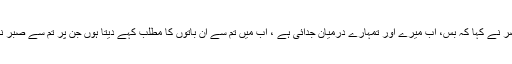
سیدنا خضرؑ نے کہا کہ بس، اب میرے اور تمہارے درمیان جدائی ہے ، اب میں تم سے ان باتوں کا مطلب کہے دیتا ہوں جن پر تم سے صبر نہ ہو سکا۔